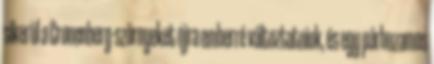
sikerül a Cronenberg-szörnyeket újra emberré változtatniuk, és egy párhuzamos